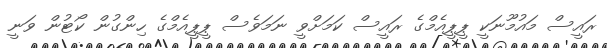
ރައީސް މައުމޫނަކީ ޕީޕީއެމްގެ ރައީސް ކަމަށްވީ ނަމަވެސް ޕީޕީއެމްގެ ހިންގުން ކޯޓުން ވަނީ